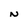
Character: N